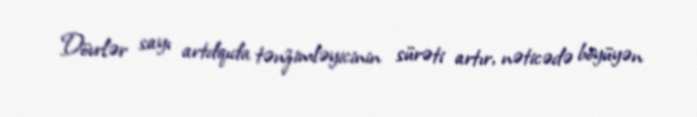
Dövrlər sayı artdqıda tənzimləyicinin sürəti artır, nəticədə böyüyən